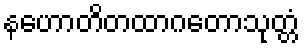
နဟောတိတထာဂတောသုတ္တံ